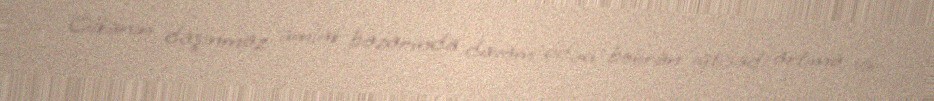
Ölkənin daşınmaz əmlak bazarında davam edən böhran iqtisadi artıma və